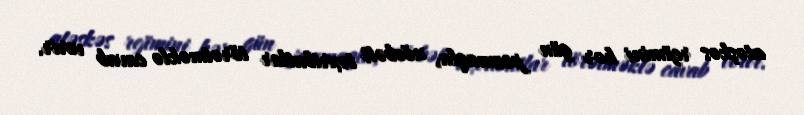
atəşkəs rejimini hər gün pozmaqla, növbəti təxribatlar törətməklə cavab verir.